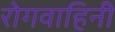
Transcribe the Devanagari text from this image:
रोगवाहिनी